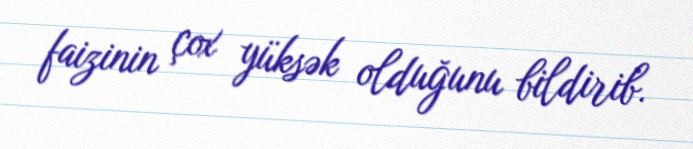
faizinin çox yüksək olduğunu bildirib.